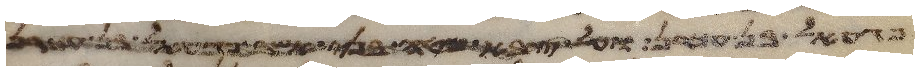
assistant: פגעאל בן עכרן ועל צבא מטה בני נפתלי